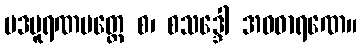
ပဒပူရဏမတ္တေ စ၊ စသဒ္ဒေါ အဝဓာရဏေ။